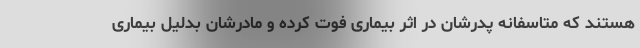
هستند که متاسفانه پدرشان در اثر بیماری فوت کرده و مادرشان بدلیل بیماری